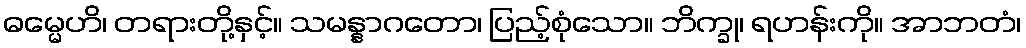
ဓမ္မေဟိ၊ တရားတို့နှင့်။ သမန္နာဂတော၊ ပြည့်စုံသော။ ဘိက္ခု၊ ရဟန်းကို။ အာဘတံ၊